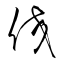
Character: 佼